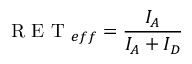
\mathrm { ~ R ~ E ~ T ~ } _ { e f f } = \frac { I _ { A } } { I _ { A } + I _ { D } }